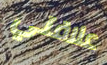
علاقتي